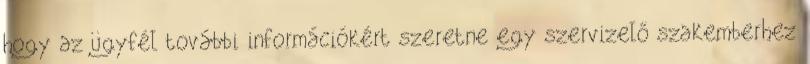
hogy az ügyfél további információkért szeretne egy szervizelő szakemberhez